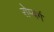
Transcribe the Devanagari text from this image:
रोम्बर्ग